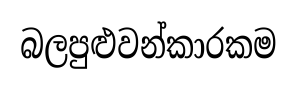
බලපුළුවන්කාරකම